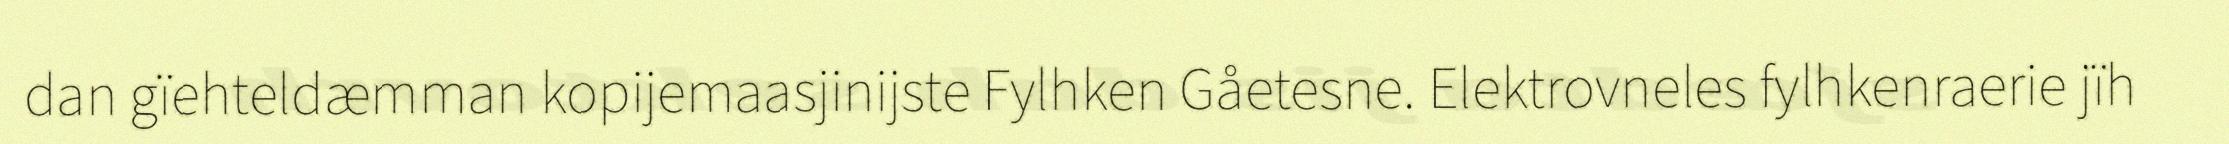
dan gïehteldæmman kopijemaasjinijste Fylhken Gåetesne. Elektrovneles fylhkenraerie jïh